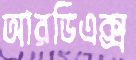
আরডিএক্স